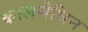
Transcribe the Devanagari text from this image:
कालमेघिन